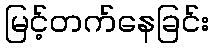
မြင့်တက်နေခြင်း